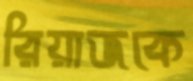
রিয়াজকে